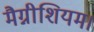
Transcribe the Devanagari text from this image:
मैग्नीशियम।